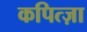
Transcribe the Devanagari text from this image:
कपित्ज़ा